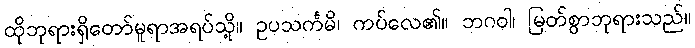
ထိုဘုရားရှိတော်မူရာအရပ်သို့။ ဥပသင်္ကမိ၊ ကပ်လေ၏။ ဘဂဝါ၊ မြတ်စွာဘုရားသည်။